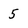
Character: 5